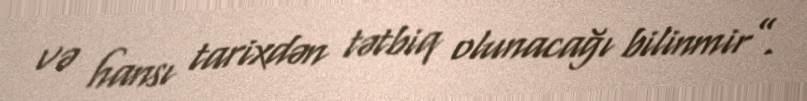
və hansı tarixdən tətbiq olunacağı bilinmir”.